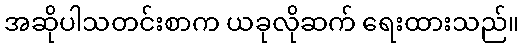
အဆိုပါသတင်းစာက ယခုလိုဆက် ရေးထားသည်။